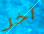
آخر